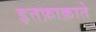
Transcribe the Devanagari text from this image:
इत्तफ़ाक़ाते